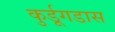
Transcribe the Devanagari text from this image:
कुर्डूगडास